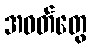
အဝတ်တွေ